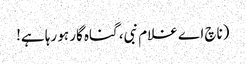
(ناچ اے غلام نبی، گناہ گار ہو رہا ہے!